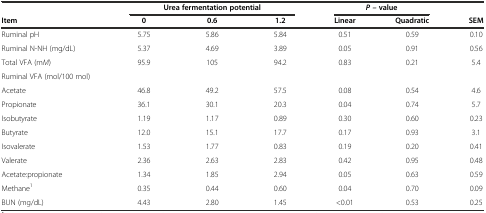
|  | <COLSPAN=3> Urea fermentation potential | <COLSPAN=2> P –value |  |
 | Item | 0 | 0.6 | 1.2 | Linear | Quadratic | SEM |
 | --- | --- | --- | --- | --- | --- | --- |
 | Ruminal pH | 5.75 | 5.86 | 5.84 | 0.51 | 0.59 | 0.10 |
 | Ruminal N-NH (mg/dL) | 5.37 | 4.69 | 3.89 | 0.05 | 0.91 | 0.56 |
 | Total VFA (mM) | 95.9 | 105 | 94.2 | 0.83 | 0.21 | 5.4 |
 | Ruminal VFA (mol/100 mol) |  |  |  |  |  |  |
 | Acetate | 46.8 | 49.2 | 57.5 | 0.08 | 0.54 | 4.6 |
 | Propionate | 36.1 | 30.1 | 20.3 | 0.04 | 0.74 | 5.7 |
 | Isobutyrate | 1.19 | 1.17 | 0.89 | 0.30 | 0.60 | 0.23 |
 | Butyrate | 12.0 | 15.1 | 17.7 | 0.17 | 0.93 | 3.1 |
 | Isovalerate | 1.53 | 1.77 | 0.83 | 0.19 | 0.20 | 0.41 |
 | Valerate | 2.36 | 2.63 | 2.83 | 0.42 | 0.95 | 0.48 |
 | Acetate:propionate | 1.34 | 1.85 | 2.94 | 0.05 | 0.63 | 0.59 |
 | Methane1 | 0.35 | 0.44 | 0.60 | 0.04 | 0.70 | 0.09 |
 | BUN (mg/dL) | 4.43 | 2.80 | 1.45 | <0.01 | 0.53 | 0.25 |